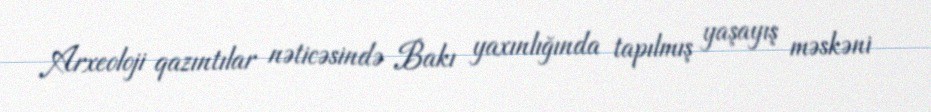
Arxeoloji qazıntılar nəticəsində Bakı yaxınlığında tapılmış yaşayış məskəni